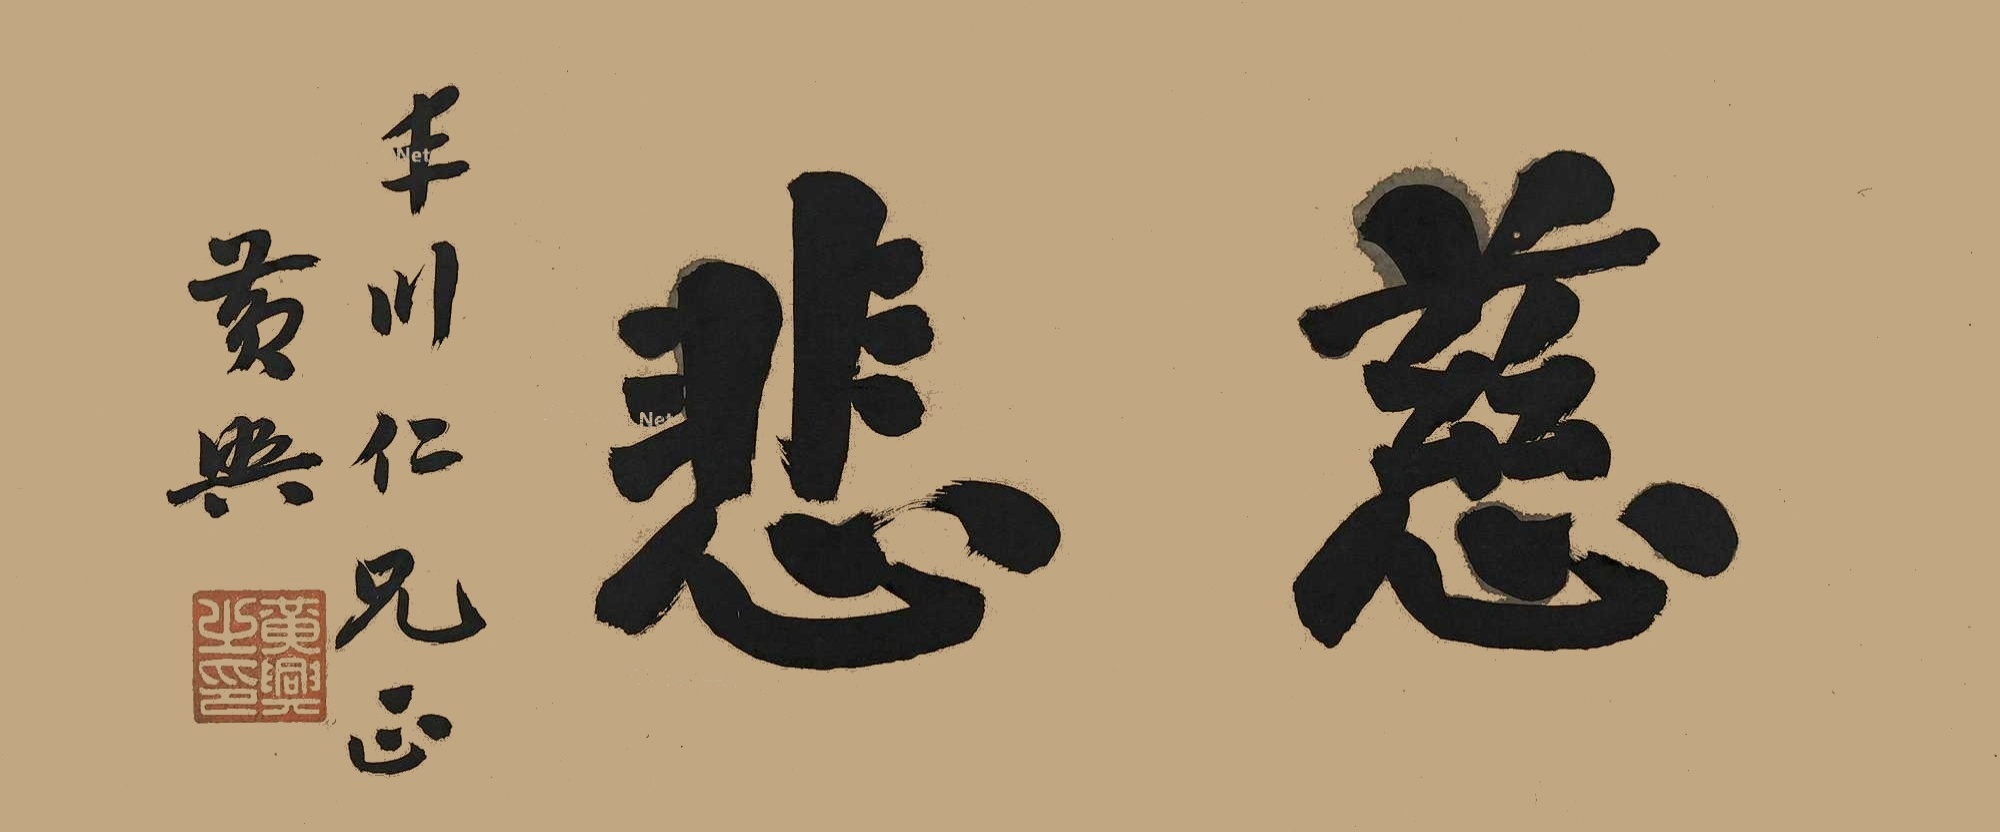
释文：慈悲丰川仁兄正，黄兴。